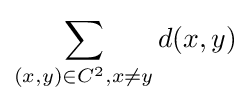
\sum _{(x,y)\in C^{2},x\neq y}d(x,y)